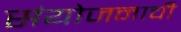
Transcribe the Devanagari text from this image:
संयोजनाची